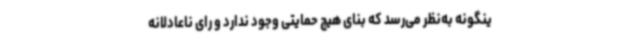
ینگونه به‌نظر می‌رسد که بنای هیچ حمایتی وجود ندارد و رای ناعادلانه